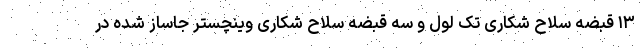
۱۳ قبضه سلاح شکاری تک لول و سه قبضه سلاح شکاری وینچستر جاساز شده در